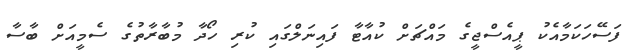
ފަސޭހަކަމާއެކު ޕީއެސްޖީގެ މައްޗަށް ކުއާޓާ ފައިނަލްގައި ކުރި ހޯދާ މުބާރާތުގެ ސެމީއަށް ބާސާ